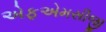
એફએમસીજી